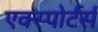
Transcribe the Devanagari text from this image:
एक्स्पोर्टर्स